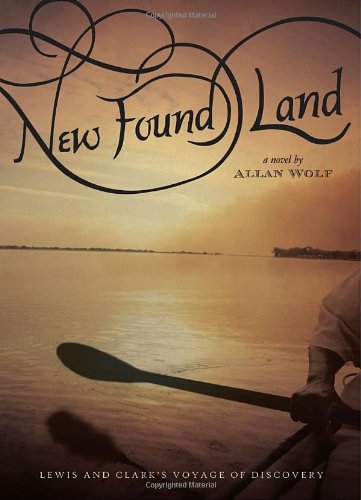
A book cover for New Found Land: Lewis and Clark's Voyage of Discovery; Allan Wolf; Teen & Young Adult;